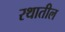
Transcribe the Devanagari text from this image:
रथातील